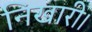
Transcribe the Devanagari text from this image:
निखारी।